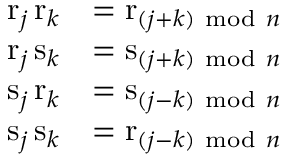
{ \begin{array} { r l } { \mathrm { r } _ { j } \, \mathrm { r } _ { k } } & { = \mathrm { r } _ { ( j + k ) { \mathrm { ~ m o d ~ } } n } } \\ { \mathrm { r } _ { j } \, \mathrm { s } _ { k } } & { = \mathrm { s } _ { ( j + k ) { \mathrm { ~ m o d ~ } } n } } \\ { \mathrm { s } _ { j } \, \mathrm { r } _ { k } } & { = \mathrm { s } _ { ( j - k ) { \mathrm { ~ m o d ~ } } n } } \\ { \mathrm { s } _ { j } \, \mathrm { s } _ { k } } & { = \mathrm { r } _ { ( j - k ) { \mathrm { ~ m o d ~ } } n } } \end{array} }